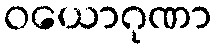
ဝယောဂုဏာ